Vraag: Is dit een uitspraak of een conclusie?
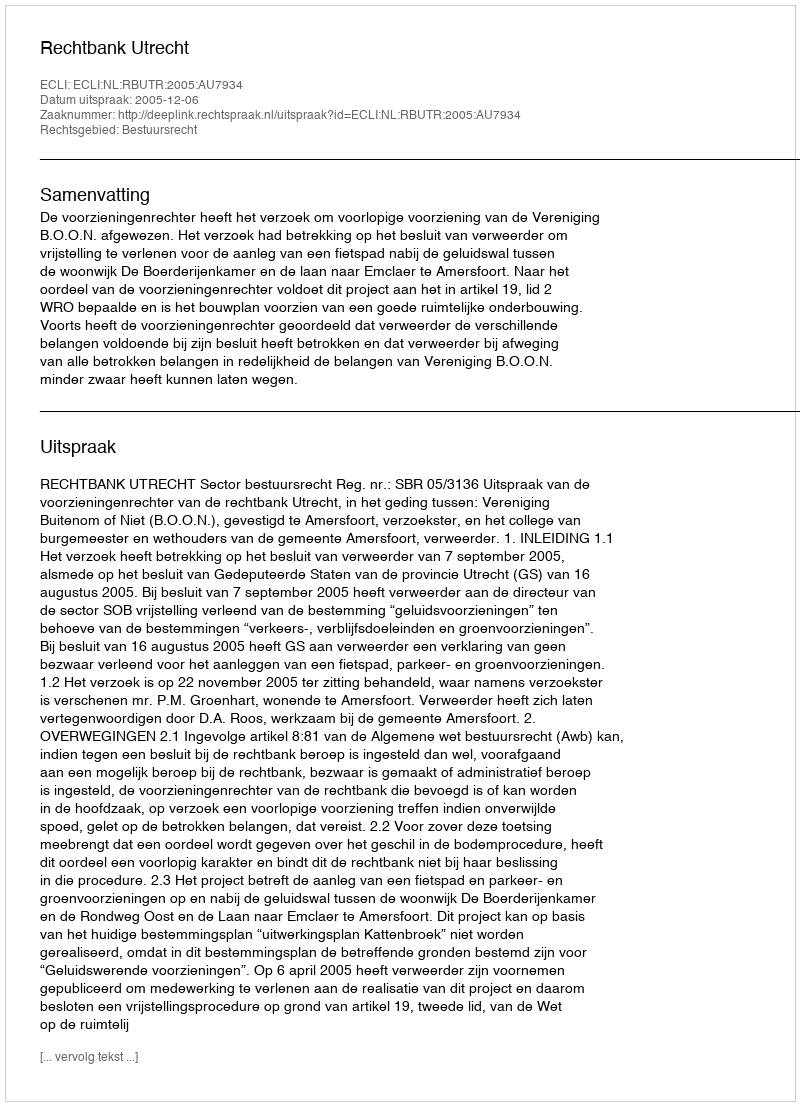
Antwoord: Uitspraak